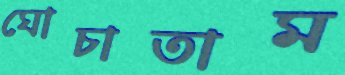
ঘোচাতাম